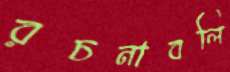
রচনাবলি